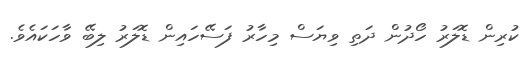
ކުރިން ޑޮލަރު ހޯދުން ދަތި ވިޔަސް މިހާރު ފަސޭހައިން ޑޮލަރު ލިބޭ ވާހަކައެވެ.